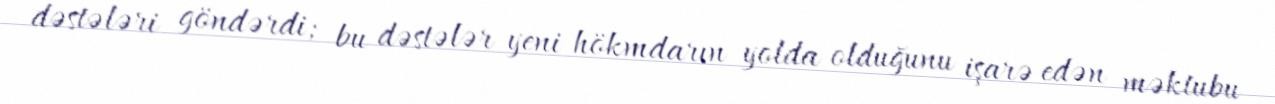
dəstələri göndərdi; bu dəstələr yeni hökmdarın yolda olduğunu işarə edən məktubu